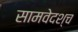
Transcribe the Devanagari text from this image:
सामवेदश्च